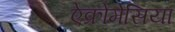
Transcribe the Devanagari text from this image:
ऐक्रोमेसिया